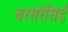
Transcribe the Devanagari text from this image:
बरसरेसिई